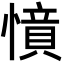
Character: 𢡝